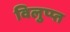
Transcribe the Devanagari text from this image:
विलुप्प्त